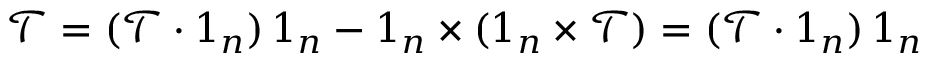
\boldsymbol { \mathcal { T } } = ( \boldsymbol { \mathcal { T } } \boldsymbol { \cdot } \boldsymbol { 1 } _ { n } ) \, \boldsymbol { 1 } _ { n } - \boldsymbol { 1 } _ { n } \times ( \boldsymbol { 1 } _ { n } \times \boldsymbol { \mathcal { T } } ) = ( \boldsymbol { \mathcal { T } } \boldsymbol { \cdot } \boldsymbol { 1 } _ { n } ) \, \boldsymbol { 1 } _ { n }